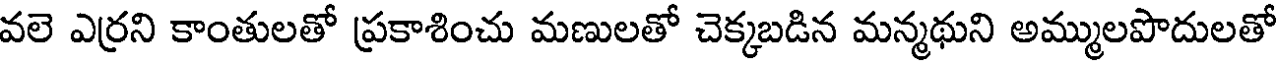
వలె ఎర్రని కాంతులతో ప్రకాశించు మణులతో చెక్కబడిన మన్మథుని అమ్ములపొదులతో